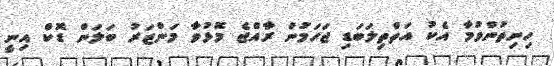
ހިނިތުންވުމާ އެކު އަތްތިލަބަޑި ޖަހަމުން ރާއްޖެ މޮޅުވާ މަންޒަރު ބަލަން ޑޮކް އިނީ